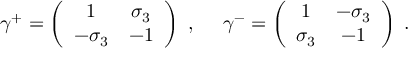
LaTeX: \gamma ^ { + } = \left( \begin{array} { c c } { { 1 } } & { { \sigma _ { 3 } } } \\ { { - \sigma _ { 3 } } } & { { - 1 } } \end{array} \right) ~ , ~ ~ ~ ~ \gamma ^ { - } = \left( \begin{array} { c c } { { 1 } } & { { - \sigma _ { 3 } } } \\ { { \sigma _ { 3 } } } & { { - 1 } } \end{array} \right) \; .